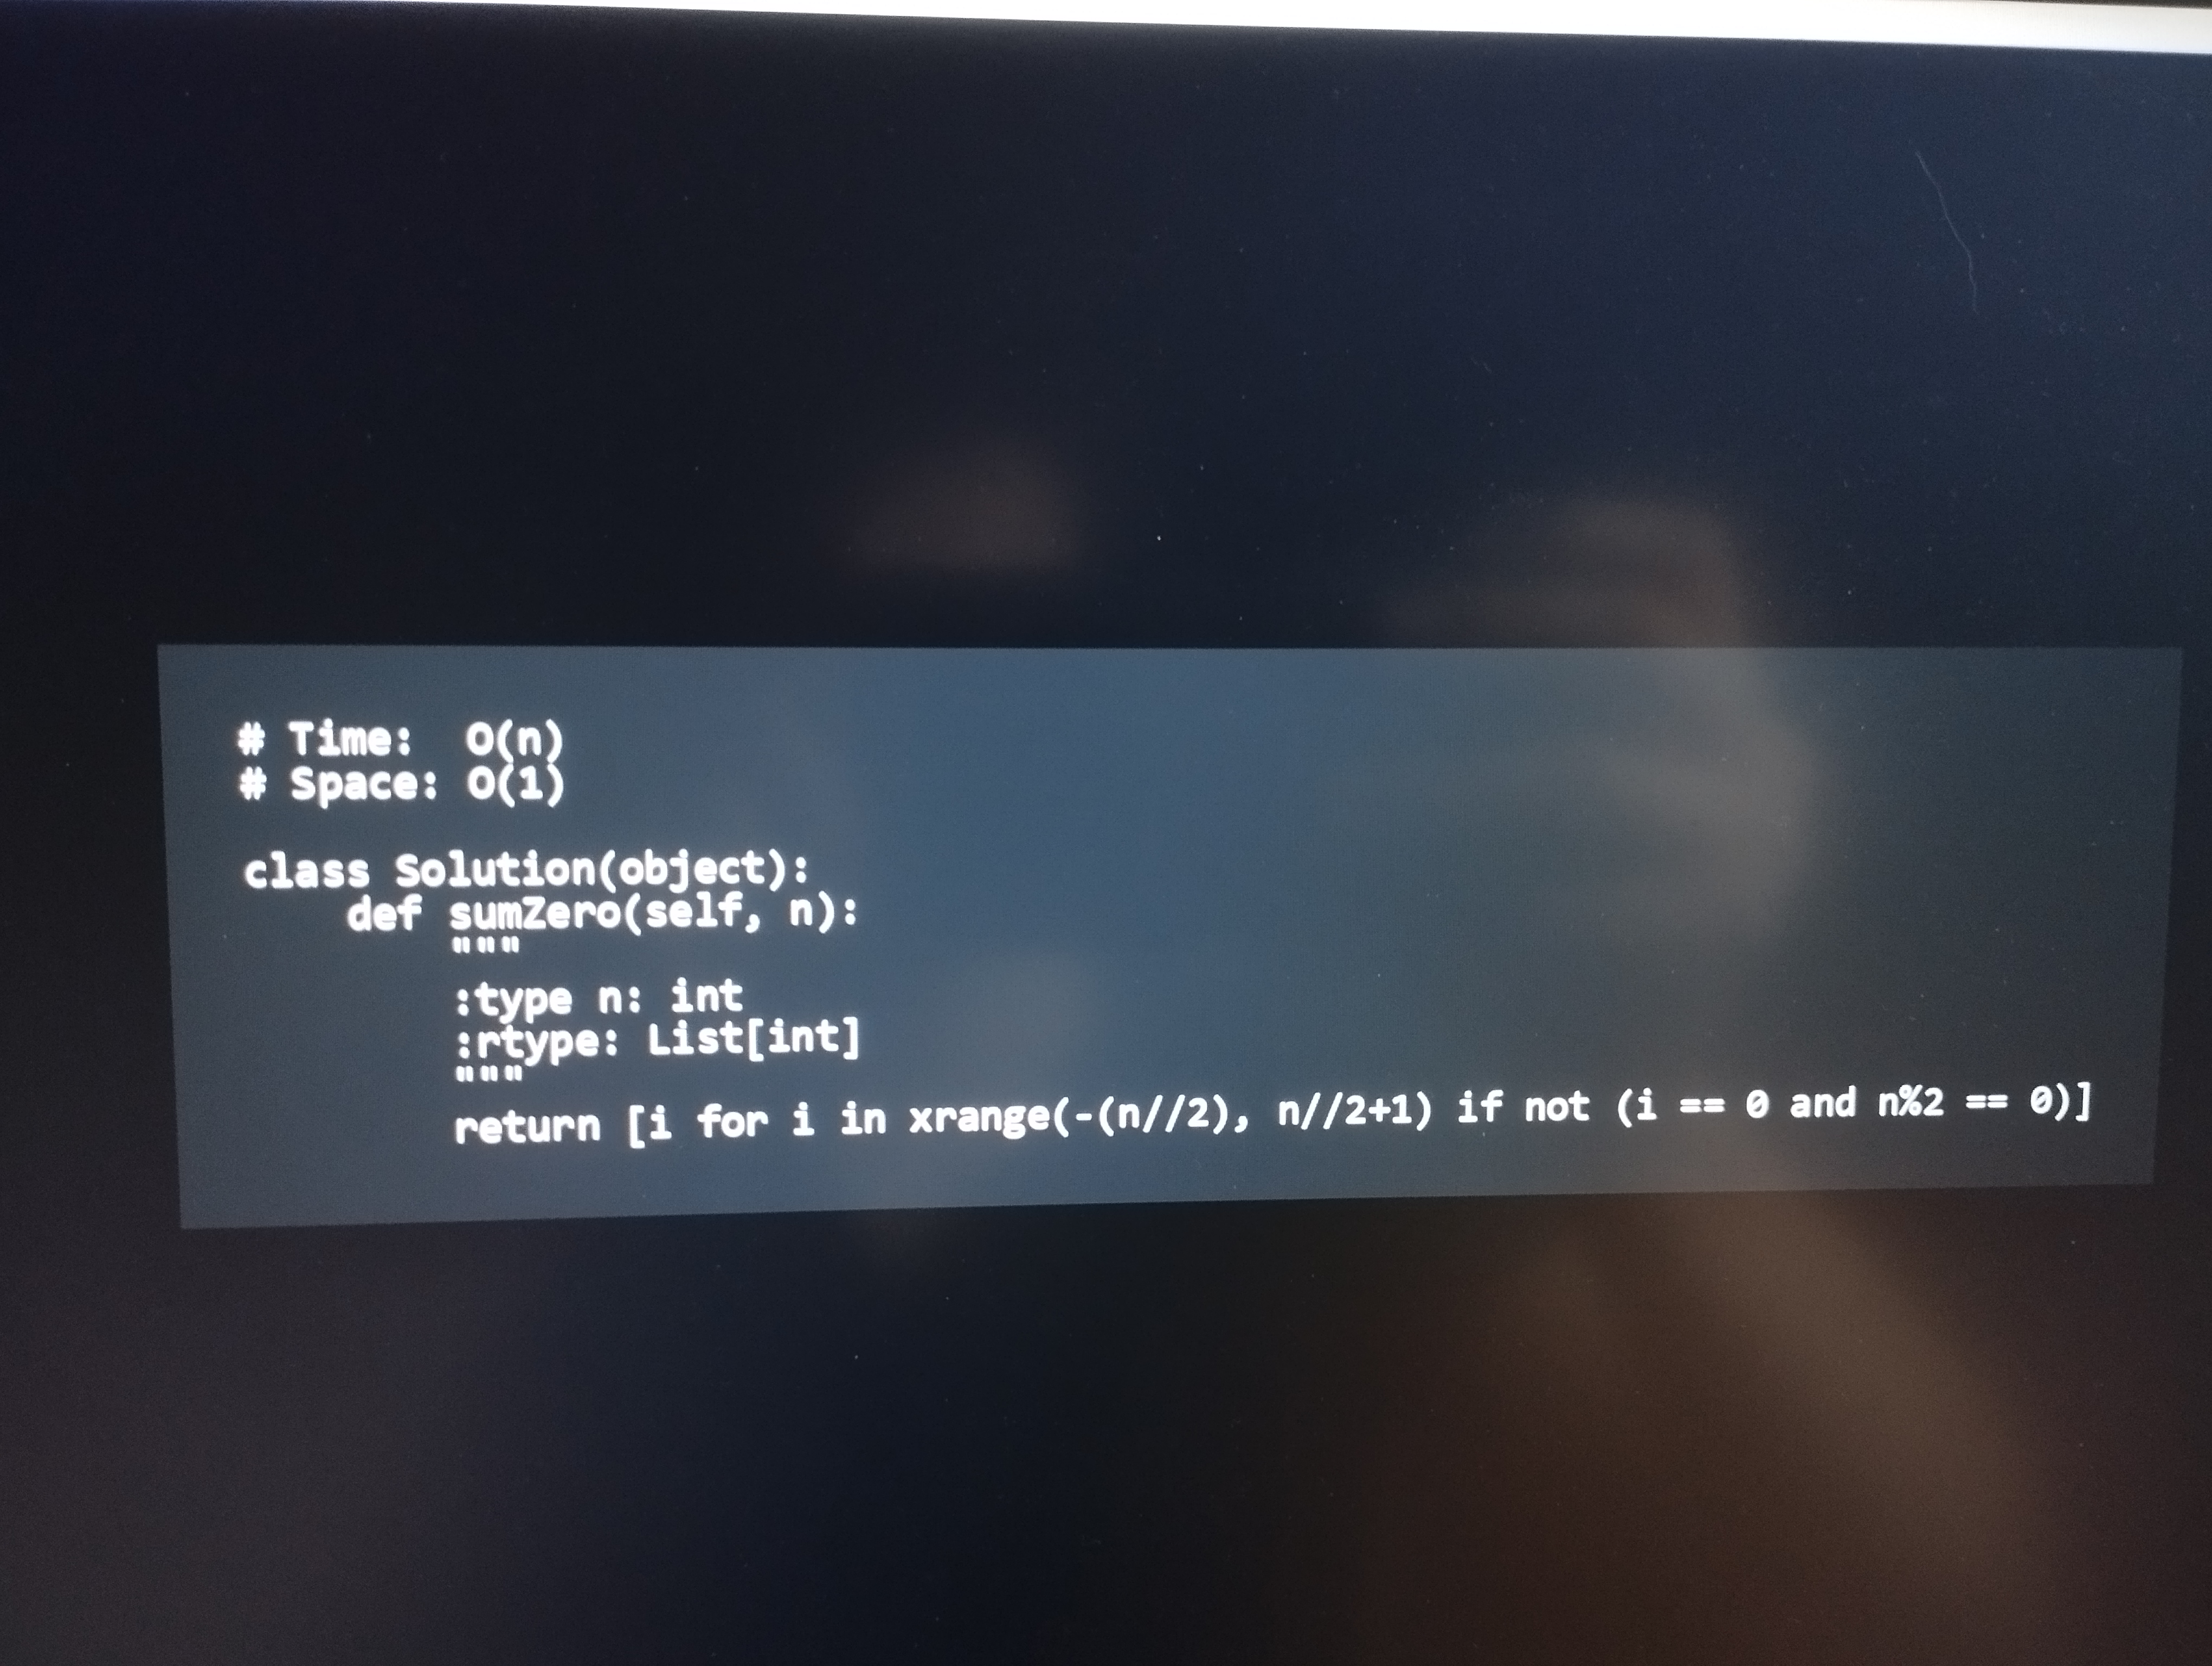
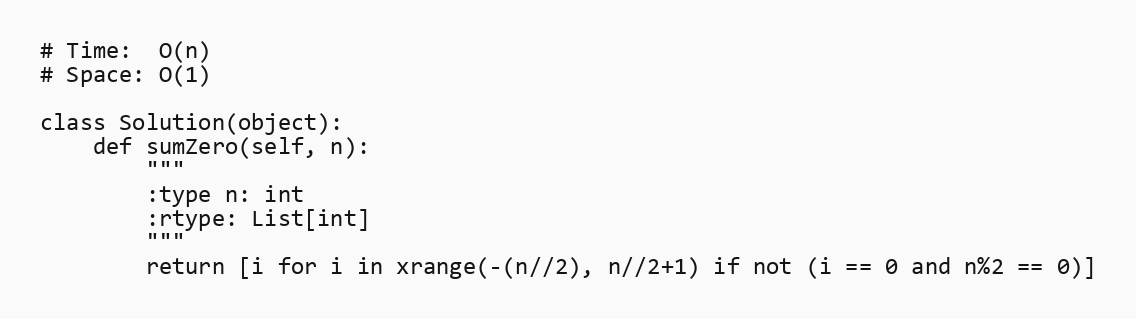
# Time:  O(n)
# Space: O(1)

class Solution(object):
    def sumZero(self, n):
        """
        :type n: int
        :rtype: List[int]
        """
        return [i for i in xrange(-(n//2), n//2+1) if not (i == 0 and n%2 == 0)]